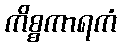
ကိစ္စကာရကံ